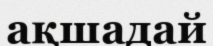
ақшадай